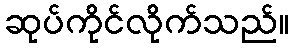
ဆုပ်ကိုင်လိုက်သည်။